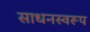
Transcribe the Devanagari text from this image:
साधनस्वरूप